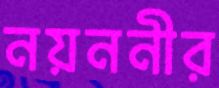
নয়ননীর